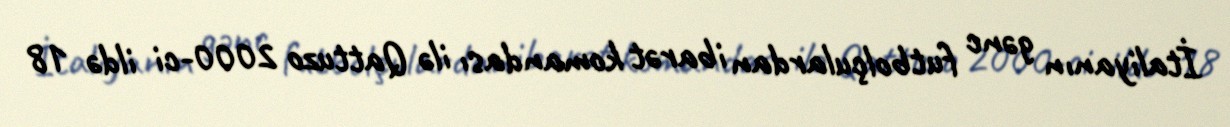
İtaliyanın gənc futbolçulardan ibarət komandası ilə Qattuzo 2000-ci ildə 18